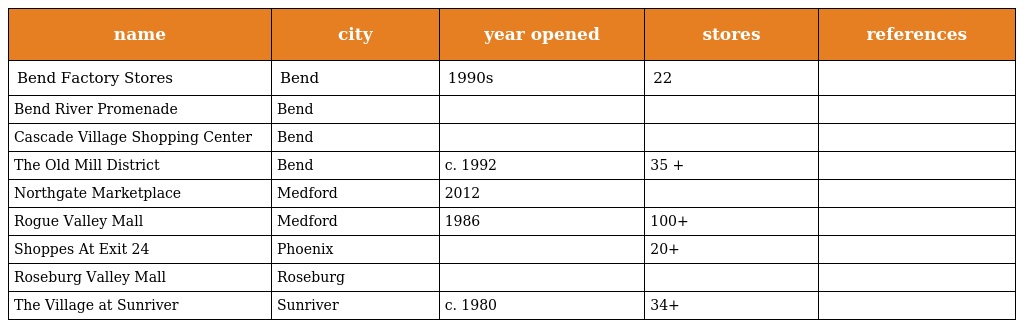
| name | city | year opened | stores | references |
 | --- | --- | --- | --- | --- |
 | Bend Factory Stores | Bend | 1990s | 22 |  |
 | Bend River Promenade | Bend |  |  |  |
 | Cascade Village Shopping Center | Bend |  |  |  |
 | The Old Mill District | Bend | c. 1992 | 35 + |  |
 | Northgate Marketplace | Medford | 2012 |  |  |
 | Rogue Valley Mall | Medford | 1986 | 100+ |  |
 | Shoppes At Exit 24 | Phoenix |  | 20+ |  |
 | Roseburg Valley Mall | Roseburg |  |  |  |
 | The Village at Sunriver | Sunriver | c. 1980 | 34+ |  |